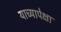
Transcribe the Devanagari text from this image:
याच्यापेक्षा